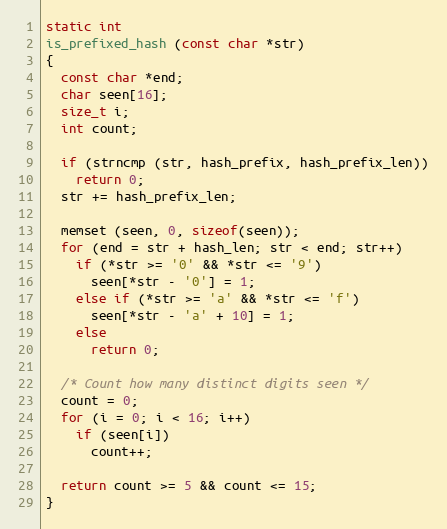
Language: C
static int
is_prefixed_hash (const char *str)
{
  const char *end;
  char seen[16];
  size_t i;
  int count;

  if (strncmp (str, hash_prefix, hash_prefix_len))
    return 0;
  str += hash_prefix_len;

  memset (seen, 0, sizeof(seen));
  for (end = str + hash_len; str < end; str++)
    if (*str >= '0' && *str <= '9')
      seen[*str - '0'] = 1;
    else if (*str >= 'a' && *str <= 'f')
      seen[*str - 'a' + 10] = 1;
    else
      return 0;

  /* Count how many distinct digits seen */
  count = 0;
  for (i = 0; i < 16; i++)
    if (seen[i])
      count++;

  return count >= 5 && count <= 15;
}